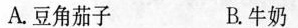
A.豆角茄子 B.牛奶